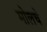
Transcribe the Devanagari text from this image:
मोलचे